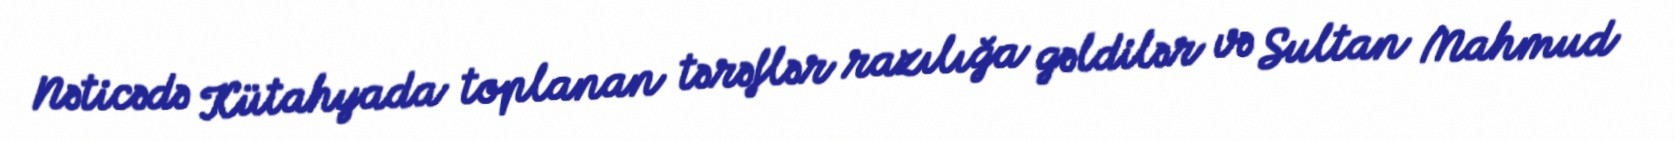
Nəticədə Kütahyada toplanan tərəflər razılığa gəldilər və Sultan Mahmud